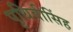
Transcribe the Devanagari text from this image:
पृथिवीसिंह